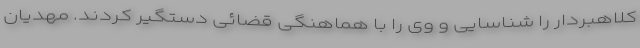
کلاهبردار را شناسایی و وی را با هماهنگی قضائی دستگیر کردند. مهدیان